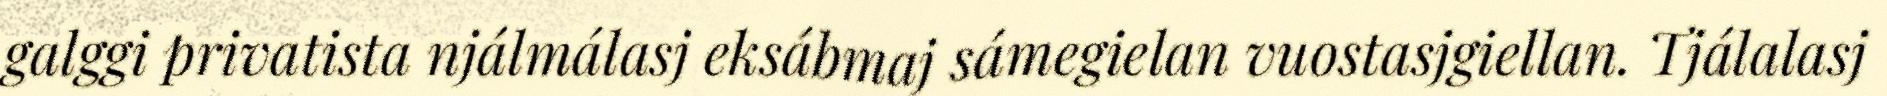
galggi privatista njálmálasj eksábmaj sámegielan vuostasjgiellan. Tjálalasj